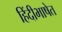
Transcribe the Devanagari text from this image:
हिंदीभाषेत